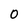
Character: 0